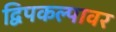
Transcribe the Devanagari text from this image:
द्विपकल्पावर